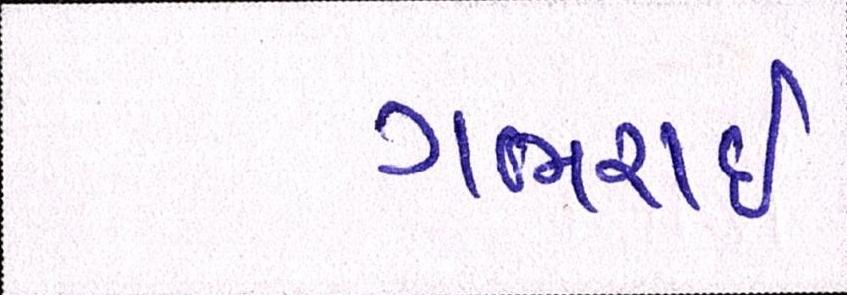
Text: ગભરાઇ